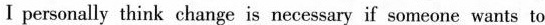
I personally think change is necessary if someone wants to